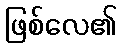
ဖြစ်လေ၏